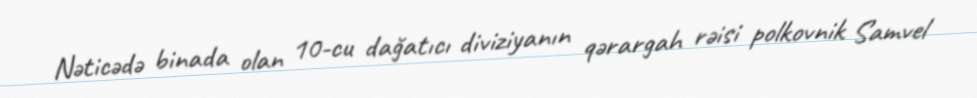
Nəticədə binada olan 10-cu dağatıcı diviziyanın qərargah rəisi polkovnik Samvel